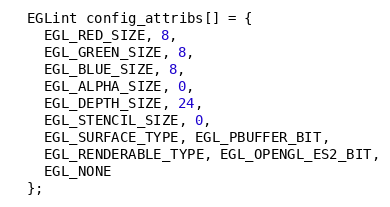
Language: C++
  EGLint config_attribs[] = {
    EGL_RED_SIZE, 8,
    EGL_GREEN_SIZE, 8,
    EGL_BLUE_SIZE, 8,
    EGL_ALPHA_SIZE, 0,
    EGL_DEPTH_SIZE, 24,
    EGL_STENCIL_SIZE, 0,
    EGL_SURFACE_TYPE, EGL_PBUFFER_BIT,
    EGL_RENDERABLE_TYPE, EGL_OPENGL_ES2_BIT,
    EGL_NONE
  };